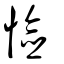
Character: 憸